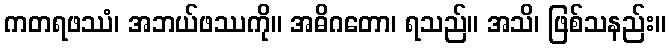
ကတရဖဿံ၊ အဘယ်ဖဿကို။ အဓိဂတော၊ ရသည်။ အသိ၊ ဖြစ်သနည်း။